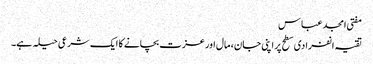
مفتی امجد عباس
تقیہ انفرادی سطح پر اپنی جان، مال اور عزت بچانے کا ایک شرعی حیلہ ہے۔